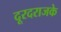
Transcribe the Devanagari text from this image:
दूरदराजके